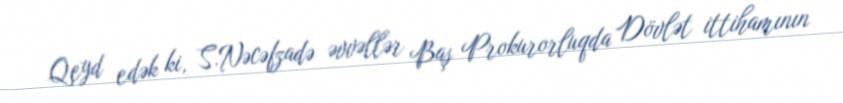
Qeyd edək ki, S.Nəcəfzadə əvvəllər Baş Prokurorluqda Dövlət ittihamının